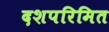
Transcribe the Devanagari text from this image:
दशपरिमित